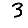
Digit: 3